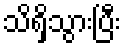
သိရှိသွားပြီး